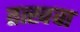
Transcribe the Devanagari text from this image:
तत्खवा